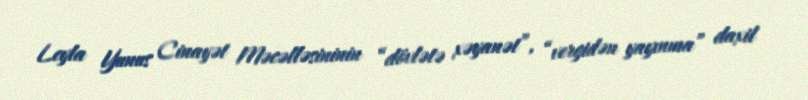
Leyla Yunus Cinayət Məcəlləsininin “dövlətə xəyanət”, “vergidən yayınma” daxil